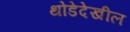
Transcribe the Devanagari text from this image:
थोडेदेखील